Civil Veterinary Dept. Assam report 1927-50 - 1927-1950
Year: 1927
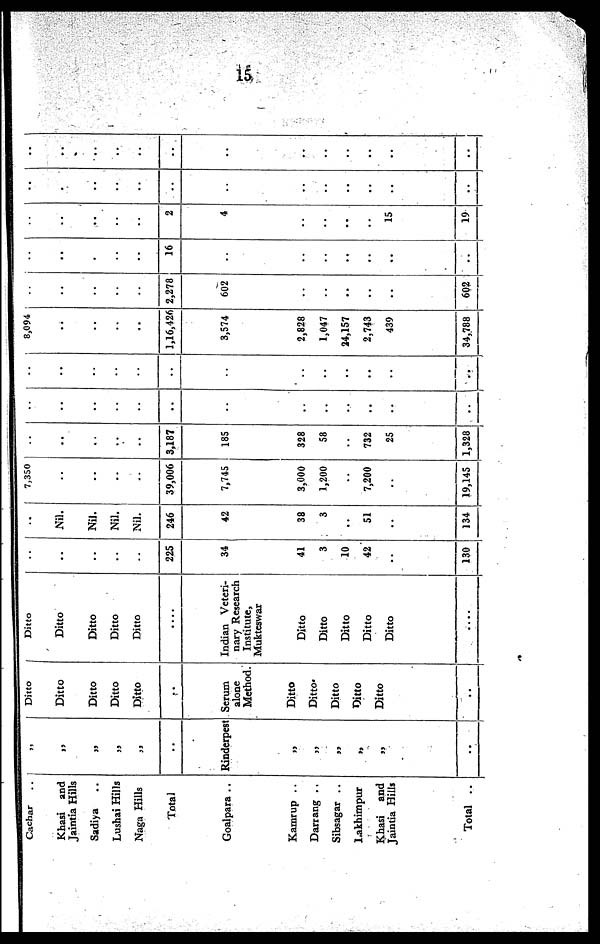
15
Cachar ..
Khasi and
Jaintia Hills
Sadiya ..
Lushai Hills
Naga Hills
Total
Goalpara ..
Kamrup ..
Darrang ..
Sibsagar ..
l.akhimpur
Khasi
and
Jaintia Hills
Total ..
„
„
„
„
„
..
Rinderpest
„
„
„
„
„
..
Ditto
Ditto
Ditto
Ditto
Ditto
..
Serum
alone
Method.
Ditto
Ditto
Ditto
Ditto
Ditto
..
.
Ditto
Ditto
Ditto
Ditto
Ditto
....
Indian Veteri-
nary Research
Institute,
Mukteswar
Ditto
Ditto
Ditto
Ditto
Ditto
......
..
..
..
..
..
225
34
41
3
10
42
..
130
..
Nil.
Nil.
Nil.
Nil.
246
42
38
3
..
51
..
134
7,350
..
..
..
..
39,006
7,745
3,000
1,200
..
7,200
..
19,145
..
..
..
..
..
3,187
185
328
58
..
732
25
1,328
..
..
..
..
..
..
..
..
..
..
..
..
..
..
..
..
..
..
..
..
..
..
..
..
..
..
8,094
..
..
..
..
1,16,426
3,574
2,828
1,047
24,157
2,743
439
34,788
..
..
..
..
..
2,278
602
..
..
..
..
..
602
..
„
..
..
..
..
16
..
..
..
..
..
..
..
..
..
..
..
..
2
4
..
..
..
..
15
19
..
..
..
..
..
..
..
..
..
..
..
..
..
..
..
..
..
..
..
..
..
..
..
..
..
..